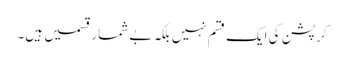
کرپشن کی ایک قسم نہیں بلکہ بے شمار قسمیں ہیں۔